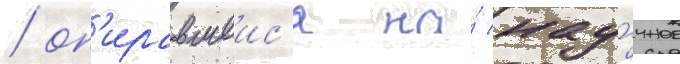
/ оп'иравшеис'я на́ нау́чное